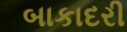
બાકાદરી